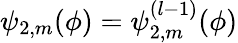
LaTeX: \psi_{2,m}(\phi)=\psi_{2,m}^{(l-1)}(\phi)